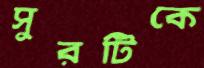
সুরটিকে